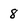
Character: 8